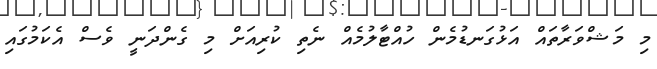
މި މަޝްވަރާތައް އަޅުގަނޑުމެން ހުއްޓާލުމެއް ނެތި ކުރިއަށް މި ގެންދަނީ ވެސް އެކަމުގައި